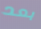
بعد